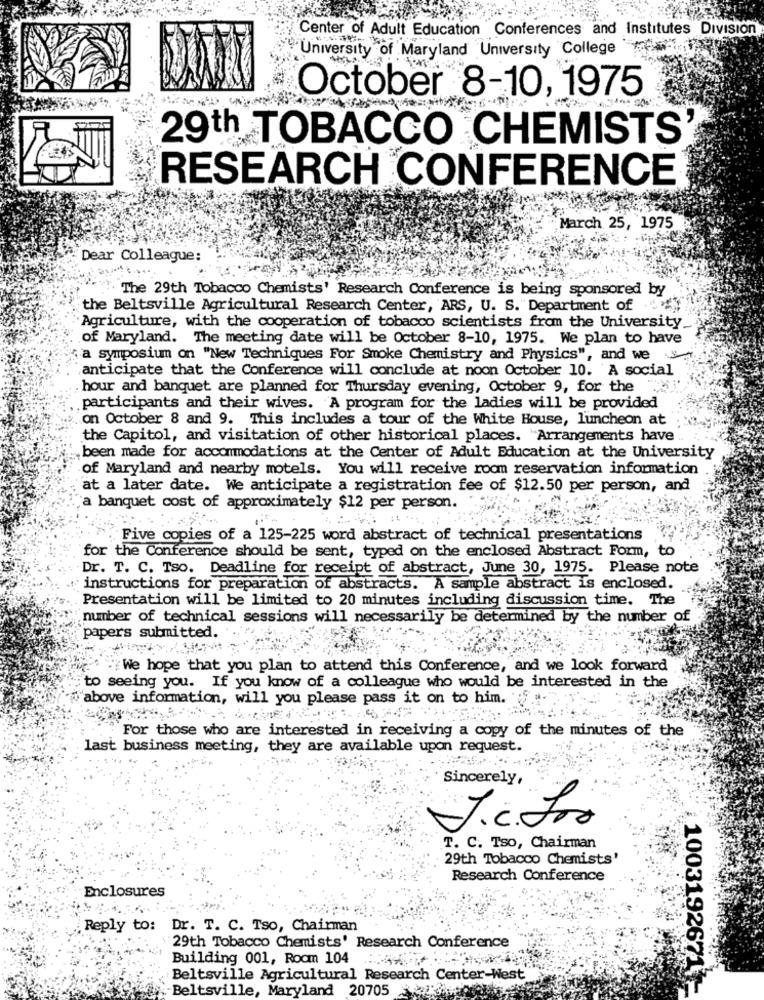
Center of Adult Education Conferences and Institutes Division
University of Maryland University College
October 8-10, 1975
29th TOBACCO CHEMISTS
RESEARCH CONFERENCE
March 25, 1975
Dear Colleague:
The 29th Tobacco Chemists' Research Conference is being sponsored by
the Beltsville Agricultural Research Center, ARS, U. S."Department of
Agriculture, with the cooperation of tobacco scientists from the University
of Maryland. The meeting date will be October 8-10, 1975. We plan to have
a symposium on "New Techniques For Smoke Chemistry and Physics", and we
anticipate that the Conference will conclude at noon October 10. A social
hour and banquet are planned for Thursday evening, October 9, for the
participants and their wives. A program for the ladies will be provided
on October 8 and 9. This includes a tour of the White House, luncheon at
the Capitol, and visitation of other historical places. "Arrangements have
been made for accommodations at the Center of Adult Education at the University
of Maryland and nearby motels. You will receive room reservation information
at a later date. We anticipate a registration fee of $12.50 per person, and
a banquet cost of approximately $12 per person.
Five copies of a 125-225 word abstract of technical presentations
for the Conference should be sent, typed on the enclosed Abstract Form, to
Dr. T. C. Tso. Deadline for receipt of abstract, June 30, 1975. Please note
instructions for preparation of abstracts. A sample abstract is enclosed.
Presentation will be limited to 20 minutes including discussion time. The
number of technical sessions will necessarily be determined by the number of
papers submitted.
We hope that you plan to attend this Conference, and we look forward
to seeing you. If you know of a colleague who would be interested in the
"above information, will you please pass it on to him.
For those who are interested in receiving a copy of the minutes of the
last business meeting, they are available upon request.
Sincerely,
J.c. Los
T. C. Tso, Chairman
29th Tobacco Chemists'
Research Conference
Enclosures
Reply to: Dr. T. C. Tso, Chairman
29th Tobacco Chemists' Research Conference
Building 001, Room 104 :......- ''
Beltsville Agricultural Research Center-West
.Beltsville, Maryland 20705 23:00
1003192671-